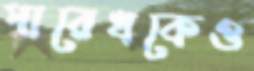
পারেখকেও